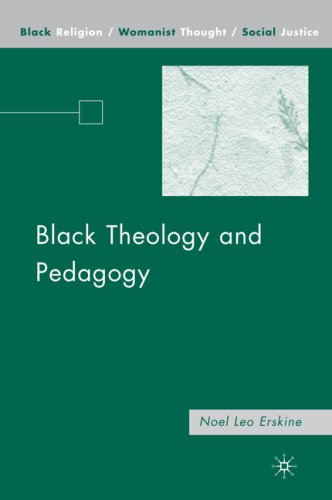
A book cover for Black Theology and Pedagogy (Black Religion/Womanist Thought/Social Justice); Noel Leo Erskine; Christian Books & Bibles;